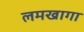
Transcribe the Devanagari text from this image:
लमखागा